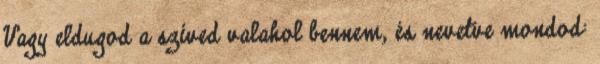
Vagy eldugod a szíved valahol bennem, és nevetve mondod: